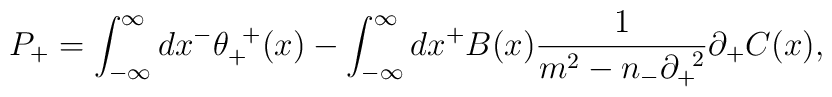
P_+=\int^{\infty}_{-{\infty}}dx^- {\theta}_+^{\;\;+}(x) -\int^{\infty}_{-{\infty}}dx^+  B(x)\frac{1}{m^2-n_-{\partial}_+^{\;\;2}}{\partial}_+C(x),